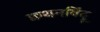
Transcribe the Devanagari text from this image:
क्वथनबिंदू